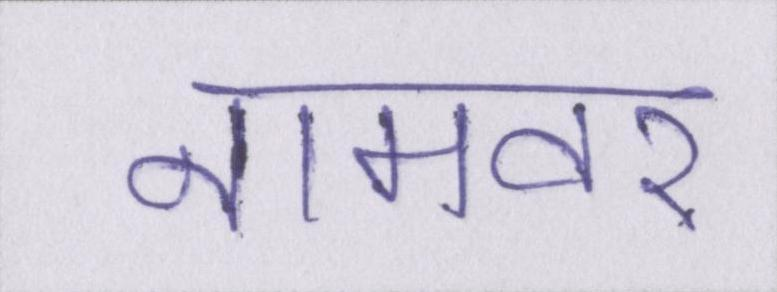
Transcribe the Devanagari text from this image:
नामवर